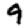
Digit: 9